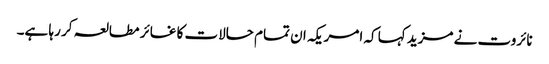
نائروت نے مزید کہا کہ امریکہ ان تمام حالات کا غائر مطالعہ کر رہا ہے۔